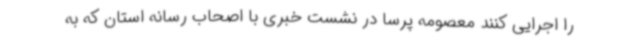
را اجرایی کنند معصومه پرسا در نشست خبری با اصحاب رسانه استان که به